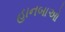
હાનબાઓ